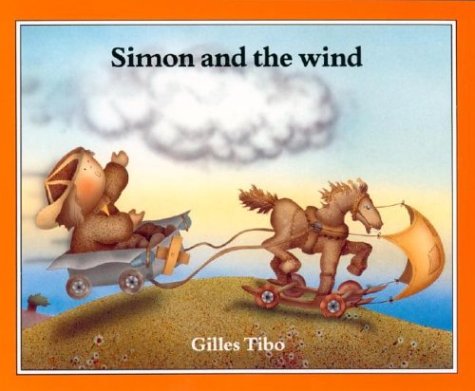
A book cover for Simon and the wind; Gilles Tibo; Arts & Photography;